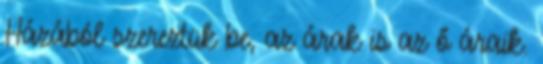
Házából szereztük be, az árak is az ő áraik.